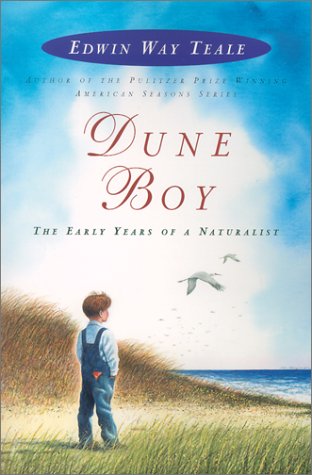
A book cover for Dune Boy: The Early Years of a Naturalist; Edwin Way Teale; Biographies & Memoirs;